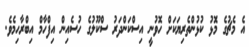
އެ މެޗުގެ މޮަޅު ކުޅުންތެރިޔަކަށް ހޮވުނީ އިސްކަންދަރު ސްކޫލުގެ ހުސެއިން އިފްހާމް އިބްރާހިމެވެ.